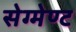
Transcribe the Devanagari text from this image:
सेग्मेण्ट